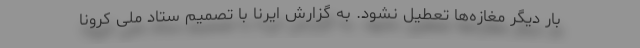
بار دیگر مغازه‌ها تعطیل نشود. به گزارش ایرنا با تصمیم ستاد ملی کرونا